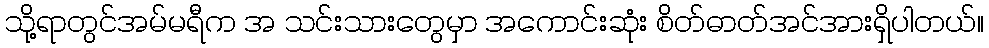
သို့ရာတွင်အမ်မရီက အ သင်းသားတွေမှာ အကောင်းဆုံး စိတ်ဓာတ်အင်အားရှိပါတယ်။